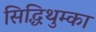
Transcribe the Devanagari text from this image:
सिद्धिथुम्का